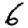
Digit: 6